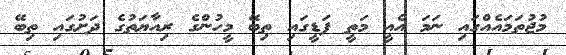
މުޖުތަމައެއްގައި ނަމަ އެއީ މަތީ ފަޑީގައި ތިބޭ މީހުންގެ ރިއާޔަތުގެ ދަށުގައި ތިބޭ